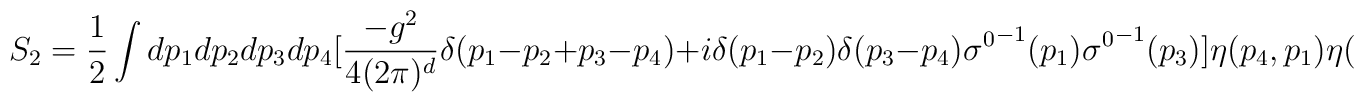
S_{2}={1\over 2}\int dp_{1}dp_{2}dp_{3}dp_{4}\big[ {-g^{2}\over 4(2\pi )^{d}}\delta (p_{1}-p_{2}+p_{3}-p_{4}) +i\delta (p_{1}-p_{2})\delta (p_{3}-p_{4}){\sigma^{0}}^{-1}(p_{1}){\sigma^{0}}^{-1}(p_{3})\big]\eta (p_{4},p_{1})\eta(p_{2},p_{3})